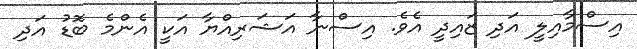
އިސްމާއިލީ އަދި ޒައިދީ އެވެ. އިސްނާ އަޝަރިއްޔާ އަކީ އެންމެ ބޮޑު އަދި